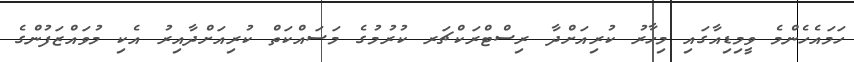
ހަމައެހެންމެ ވީމިޑިއާގައި މިހާރު ކުރިއަށްދާ ރިސްޓްރަކްޗަރ ކުރުމުގެ މަސައްކަތް ކުރިއަށްދާއިރު އެކި މުވައްޒަފުންގެ